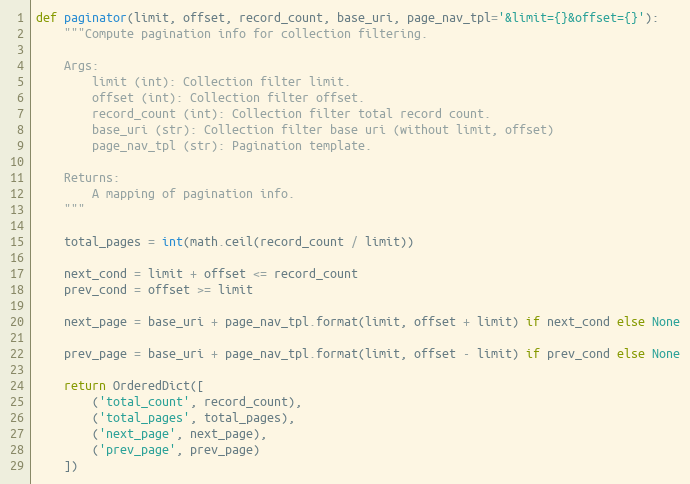
Language: Python
def paginator(limit, offset, record_count, base_uri, page_nav_tpl='&limit={}&offset={}'):
    """Compute pagination info for collection filtering.

    Args:
        limit (int): Collection filter limit.
        offset (int): Collection filter offset.
        record_count (int): Collection filter total record count.
        base_uri (str): Collection filter base uri (without limit, offset)
        page_nav_tpl (str): Pagination template.

    Returns:
        A mapping of pagination info.
    """

    total_pages = int(math.ceil(record_count / limit))

    next_cond = limit + offset <= record_count
    prev_cond = offset >= limit

    next_page = base_uri + page_nav_tpl.format(limit, offset + limit) if next_cond else None

    prev_page = base_uri + page_nav_tpl.format(limit, offset - limit) if prev_cond else None

    return OrderedDict([
        ('total_count', record_count),
        ('total_pages', total_pages),
        ('next_page', next_page),
        ('prev_page', prev_page)
    ])